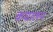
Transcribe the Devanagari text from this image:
कधालन